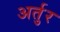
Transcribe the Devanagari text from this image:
अर्तुर